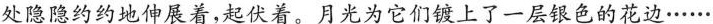
处隐隐约约地伸展着，起伏着。月光为它们镀上了一层银色的花边……